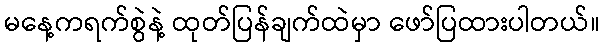
မနေ့ကရက်စွဲနဲ့ ထုတ်ပြန်ချက်ထဲမှာ ဖော်ပြထားပါတယ်။